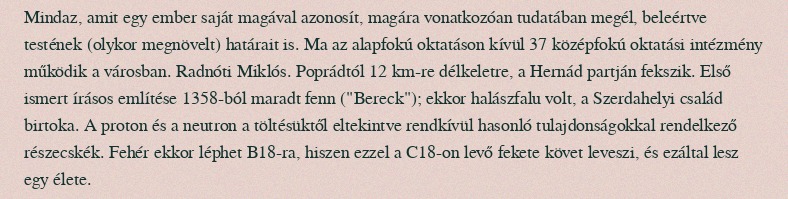
Mindaz, amit egy ember saját magával azonosít, magára vonatkozóan tudatában megél, beleértve testének (olykor megnövelt) határait is. Ma az alapfokú oktatáson kívül 37 középfokú oktatási intézmény működik a városban. Radnóti Miklós. Poprádtól 12 km-re délkeletre, a Hernád partján fekszik. Első ismert írásos említése 1358-ból maradt fenn ("Bereck"); ekkor halászfalu volt, a Szerdahelyi család birtoka. A proton és a neutron a töltésüktől eltekintve rendkívül hasonló tulajdonságokkal rendelkező részecskék. Fehér ekkor léphet B18-ra, hiszen ezzel a C18-on levő fekete követ leveszi, és ezáltal lesz egy élete.